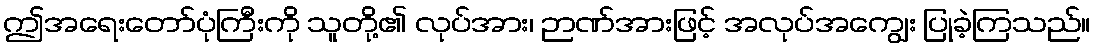
ဤအရေးတော်ပုံကြီးကို သူတို့၏ လုပ်အား၊ ဉာဏ်အားဖြင့် အလုပ်အကျွေး ပြုခဲ့ကြသည်။